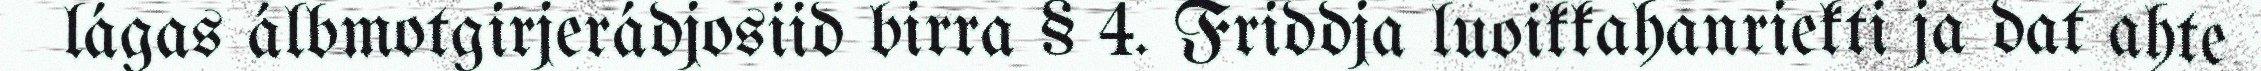
lágas álbmotgirjerádjosiid birra § 4. Friddja luoikkahanriekti ja dat ahte